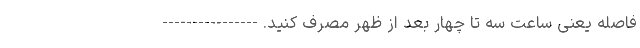
فاصله یعنی ساعت سه تا چهار بعد از ظهر مصرف کنید. ----------------